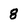
Character: 8